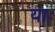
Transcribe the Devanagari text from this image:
याः